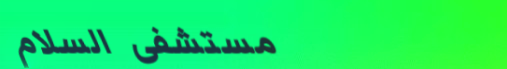
مستشفى السلام